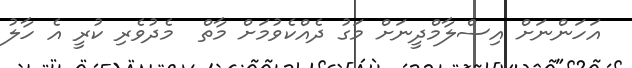
އަހަންނަށް އިސްލާމްދީނަށް މަގު ދެއްކެވުމަށް މާތް  މެދުވެރި ކުރީ އެ ހާލު